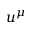
u ^ { \mu }